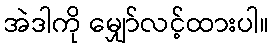
အဲဒါကို မျှော်လင့်ထားပါ။